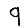
Digit: 9